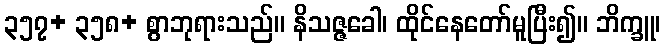
၃၅၇+ ၃၅၈+ စွာဘုရားသည်။ နိသဇ္ဇခေါ၊ ထိုင်နေတော်မူပြီး၍။ ဘိက္ခူ၊